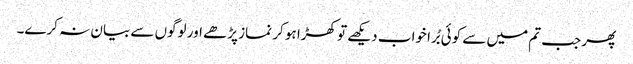
پھر جب تم میں سے کوئی بُرا خواب دیکھے تو کھڑا ہو کر نماز پڑھے اور لوگوں سے بیان نہ کرے۔